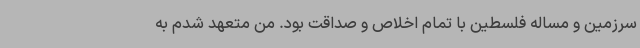
سرزمین و مساله فلسطین با تمام اخلاص و صداقت بود. من متعهد شدم به